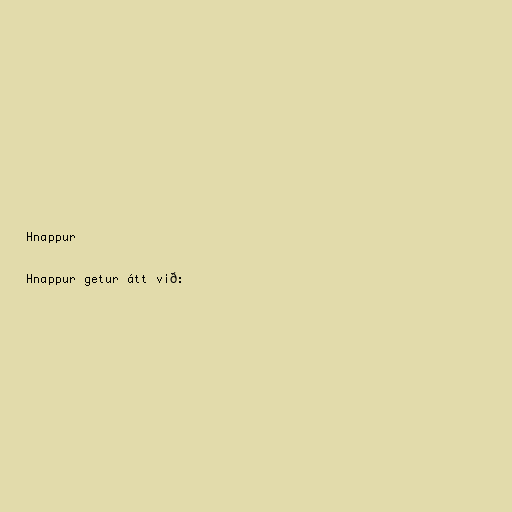
Hnappur

Hnappur getur átt við: